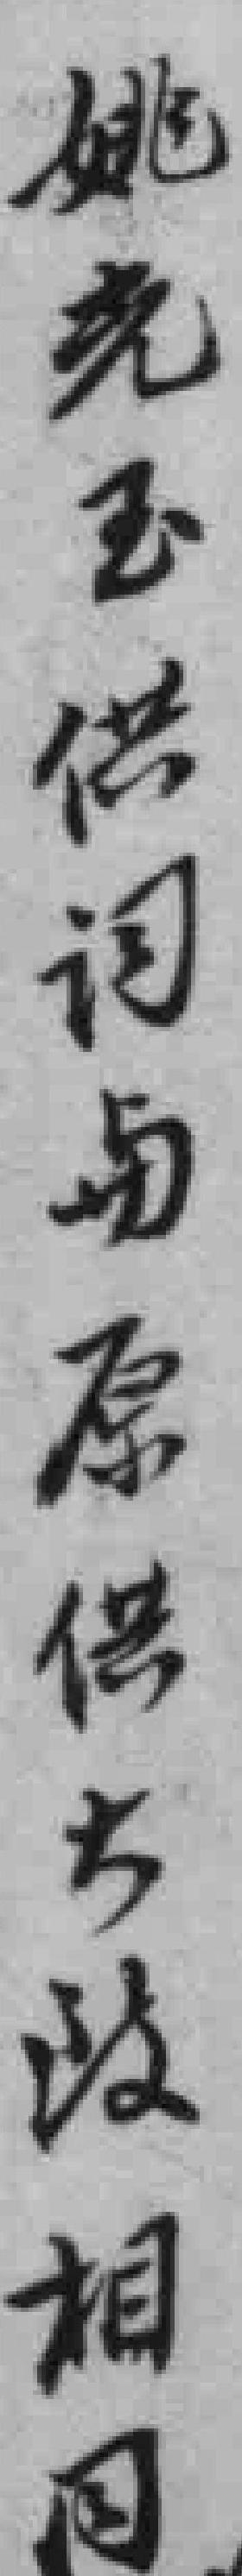
姚光玉供词与原供大致相同